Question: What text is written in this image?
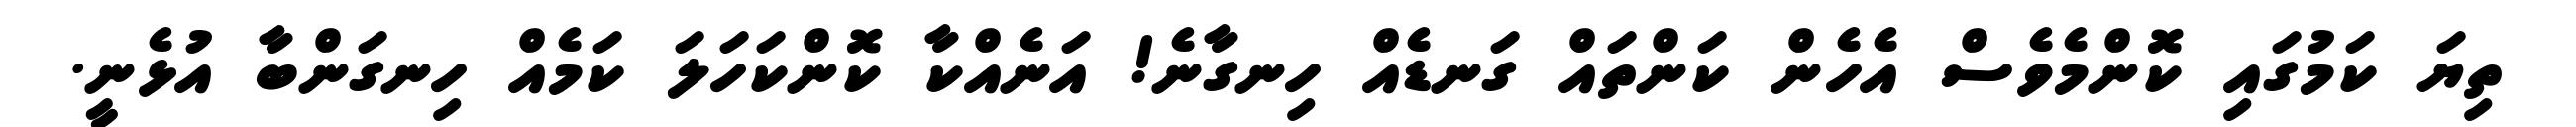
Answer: ތިޔަ ކަމުގައި ކޮންމެވެސް އެހެން ކަންތައް ގަނޑެއް ހިނގާނެ! އަނެއްކާ ކޮންކަހަލަ ކަމެއް ހިނގަންބާ އުޅެނީ.